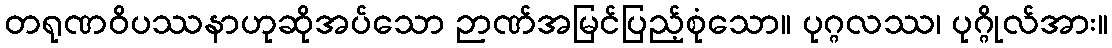
တရုဏဝိပဿနာဟုဆိုအပ်သော ဉာဏ်အမြင်ပြည့်စုံသော။ ပုဂ္ဂလဿ၊ ပုဂ္ဂိုလ်အား။